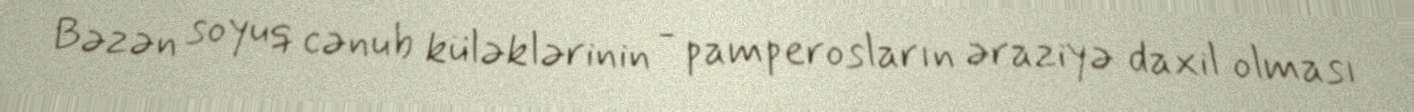
Bəzən soyuq cənub küləklərinin - pamperosların əraziyə daxil olması